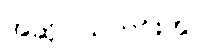
အဆိုပါသတင်းတွင်